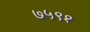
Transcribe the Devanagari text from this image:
७५९१